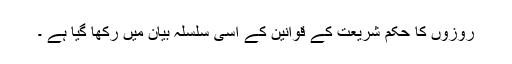
روزوں کا حکم شریعت کے قوانین کے اسی سلسلہ بیان میں رکھا گیا ہے ۔